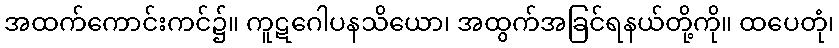
အထက်ကောင်းကင်၌။ ကူဋဂေါပနသိယော၊ အထွက်အခြင်ရနယ်တို့ကို။ ထပေတုံ၊